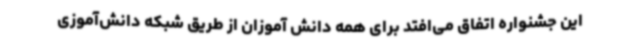
این جشنواره اتفاق می‌افتد برای همه دانش آموزان از طریق شبکه دانش‌آموزی